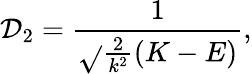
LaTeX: \mathcal{D}_{2}=\frac{{1}}{{\sqrt{}{{\frac{{2}}{{k^{2}}}(K-E)}}}},